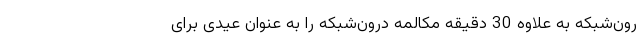
رون‌شبکه به علاوه 30 دقیقه مکالمه درون‌شبکه را به عنوان عیدی برای